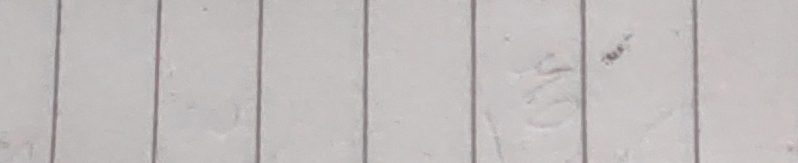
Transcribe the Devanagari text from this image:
मसदकरगअचटबपय